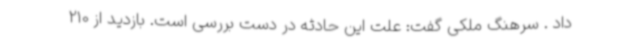
داد . سرهنگ ملکی گفت: علت این حادثه در دست بررسی است. بازدید از 210